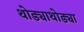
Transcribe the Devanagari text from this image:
थोड्याथोड्या